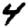
Digit: 4